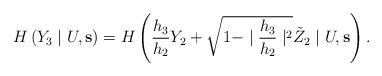
LaTeX: \begin{align*}H\left( Y_3\mid U,\mathbf{s}\right) =H\left( \frac{h_3}{h_2}Y_2+ \sqrt{1-\mid \frac{h_3}{h_2}\mid^2}\tilde{Z}_2\mid U,\mathbf{s}\right). \end{align*}